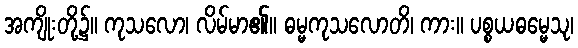
အကျိုးတို့၌။ ကုသလော၊ လိမ်မာ၏။ ဓမ္မကုသလောတိ၊ ကား။ ပစ္စယဓမ္မေသု၊